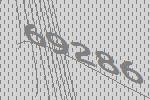
69286